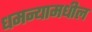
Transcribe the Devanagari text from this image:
धमन्यामधील